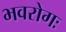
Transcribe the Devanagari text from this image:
भवरोगः